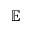
\mathbb { E }